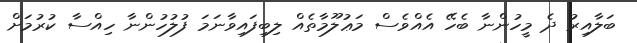
ބަލާއިރު ދެ މީހުންނާ ބެހޭ އެއްވެސް މަޢުލޫމާތެއް ލިބިފައިވާނަމަ ފުލުހުންނާ ހިއްސާ ކުރުމަށް